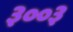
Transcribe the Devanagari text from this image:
३००३